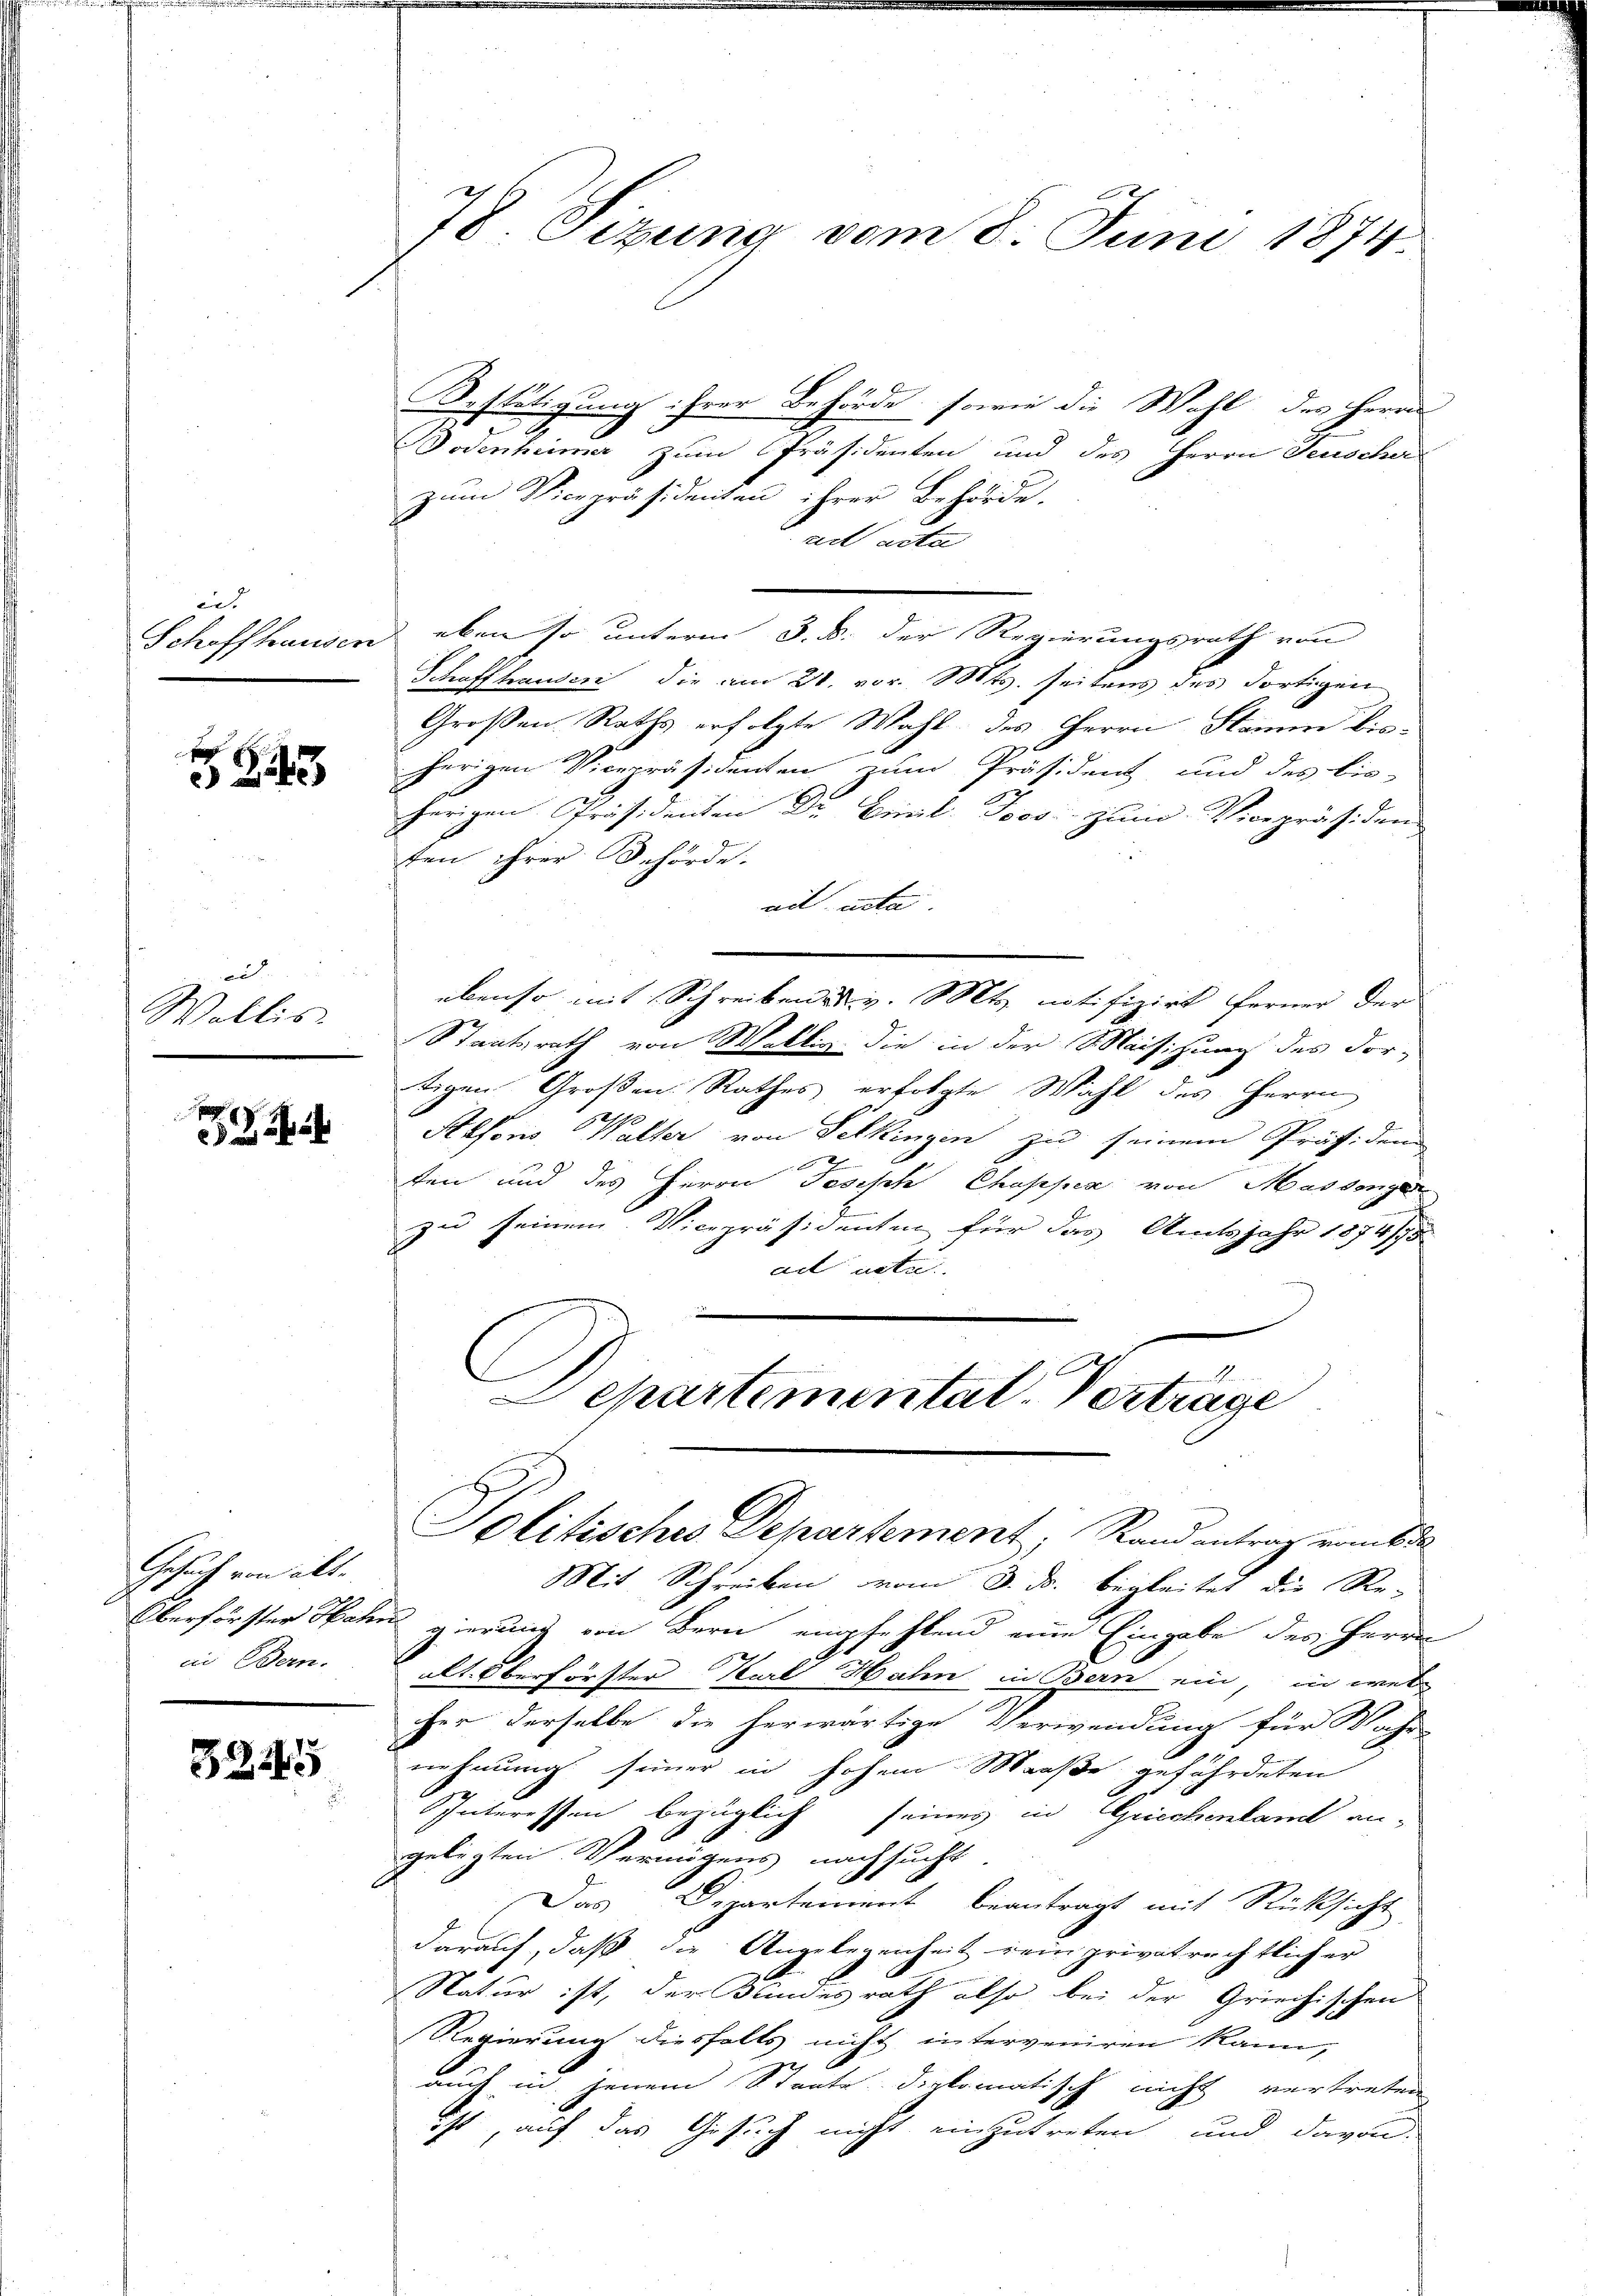
e

f
243

au
Wallis

x
xx

Gesuch von alt.
ein Bern.

3245

78. Sizung vom 8. Juni 1874

Bestätigung ihrer Behörde, sowie die Wahl des Herrn
Bodenheimer zum Präsidenten und des Herrn Feuscher
zum Vicepräsidenten ihrer Behörde.
. ad acta
Schaffhausen eben so unterm 3. d. der Regierungsrath von
Schaffhauser die am 21. vor. Mts. seitens des dortigen
Großen Raths erfolgte Wahl des Herrn Stamm dis-
herigen Vicepräsidenten zum Präsident und des bis-
herigen Präsidenten Dr. Biel, Joos zum Vicepräsiden
ten ihrer Behörde.
ad acta
ebenso mit Schreiben u. v. Mts. notifizirt ferner der
Staatsrath von Weltig die in der Maisizung des For-
tigen Großen Rathes erfolgte Wahl des Herrn
Refons Walter von Selkingen zu seinem Präsiden
ten und des Herrn Josisch Chappen von Massengen
zu seinem Vicepräsidenten für das Amtsjahr 1874/7
ad acta
.
Departementat. Verträge
Solitisches Departement, Rand antrag vom 6 de
Mit Schreiben vom 3. ds. begleitet die Re-
Oberförster Hahn gierung von Bern empfehlend eine Eingabe des Herrn
alt. Oberförster Karl Hahn in Bern ein, in wel
her derselbe die herwärtige Verwendung für Wahr
nehmung seiner in hohem Maaße gefährdeten
Interessen bezüglich seines in Griechenlamt an-
geligten Vermögens nachsucht
Das Departement beantragt mit Rücksicht
darauf, daß die Angelegenheit rein privatrechtlich er
Natur ist, der Kundesrath also bei der Griechischen
Regierung diesfalls nicht interveniren kann,
auch in jenem Staate diplomatisch nicht vertreten
ist, auf das Gesuch nicht einzutreten, und davon